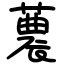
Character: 蕽